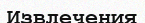
Извлечения